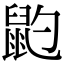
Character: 䶂